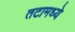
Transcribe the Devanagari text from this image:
तटामध्ये